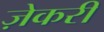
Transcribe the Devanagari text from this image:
ज़ेकरी